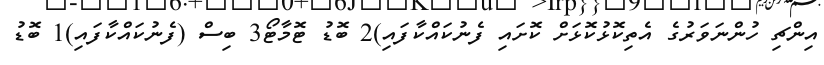
އިންޗި ހުންނަވަރުގެ އެތިކޮޅުކޮޅަށް ކޮށައި ފެނުކައްކާފައި)2 ބޮޑު ޓޮމާޓޯ3 ބިސް (ފެނުކައްކާފައި)1 ބޮޑު